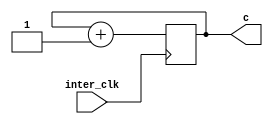
module up_counter(inter_clk, c);

input inter_clk;

output reg [7:0] c;

always @ (posedge inter_clk)
begin
	
			c <= c + 1;

end
endmodule